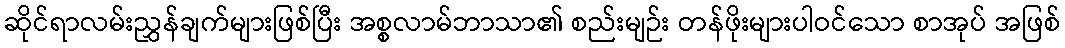
ဆိုင်ရာလမ်းညွှန်ချက်များဖြစ်ပြီး အစ္စလာမ်ဘာသာ၏ စည်းမျဉ်း တန်ဖိုးများပါဝင်သော စာအုပ် အဖြစ်